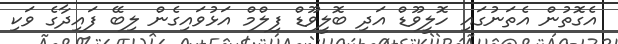
އެގޮތުން އެތަނުގައި ހޮލީވޫޑް އަދި ބޮލީވޫޑް ފިލްމް އަޅުވައިގެން ލިބޭ ފައިދާގެ ވަކި